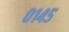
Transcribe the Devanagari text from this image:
०१४५